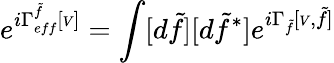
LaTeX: \begin{array}{l}{{\displaystyle e^{i\Gamma_{eff}^{\tilde{f}}[{\scriptscriptstyle V}]}=\int[d\tilde{f}][d\tilde{f}^{*}]e^{i\Gamma_{\tilde{f}}[{\scriptscriptstyle V},\tilde{f}]}}}\end{array}